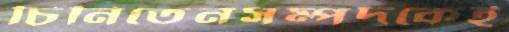
চিনিতেনসম্পদকেই